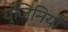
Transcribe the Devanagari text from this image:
युजिनियो